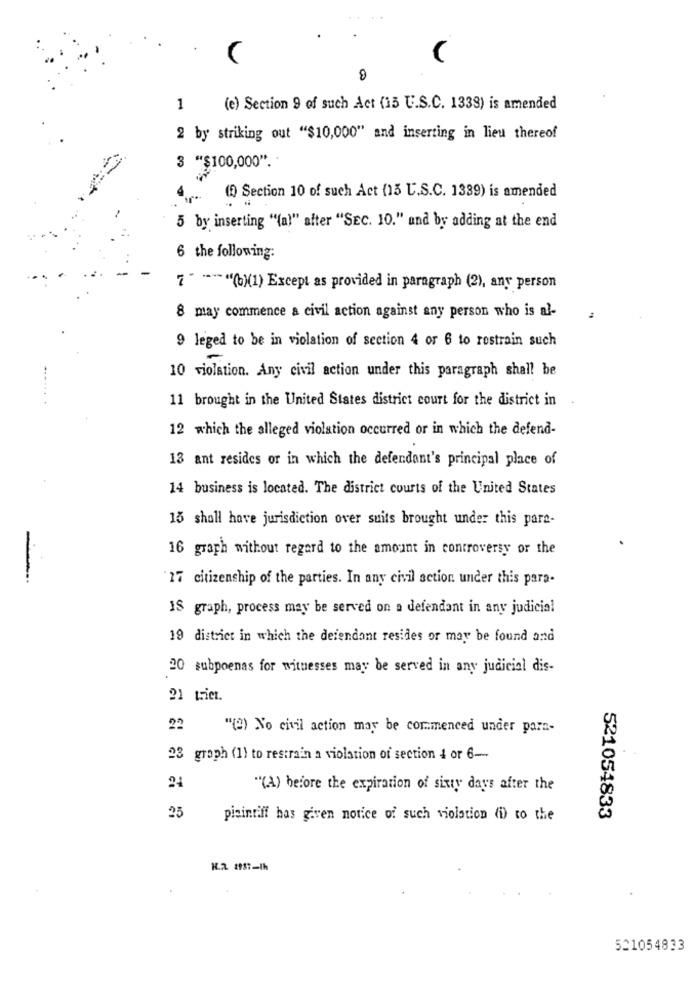
1
(e) Section 9 of such Act (15 U.S.C. 1338) is amended
2 by striking out "$10,000" and inserting in lieu thereof
3 "$100,000".
(2) Section 10 of such Act (15 U.S.C. 1339) is amended
5 by inserting "(al" after "SEC. 10." and by adding at the end
6 the following:
7 " ~~~ "(b)(1) Except as provided in paragraph (2), any person
8 may commence a civil action against any person who is al-
9 leged to be in violation of section 4 or 6 to restrain such
10 violation. Any civil action under this paragraph shall be
11 brought in the United States district court for the district in
12 which the alleged violation occurred or in which the defend-
13 ant resides or in which the defendant's principal place of
14 business is located. The district courts of the United States
15 shall have jurisdiction over suits brought under this pare-
16 graph without regard to the amount in controversy or the
-
17 citizenship of the parties. In any civil action. under this para-
IS graph, process may be served on a defendant in any judicial
19 district in which the defendant resides or may be found and
20 subpoenas for witnesses may be served in any judicial dis-
21 trier.
22
"(2) No civil action may be commenced under para-
23 graph (1) to restrain a violation of section 4 or 6-
24
"(A) before the expiration of sixty days after the
25
pisinriff has given notice of such violation (i) to the
521054833
521054833